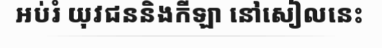
អប់រំ យុវជននិងកីឡា នៅសៀលនេះ